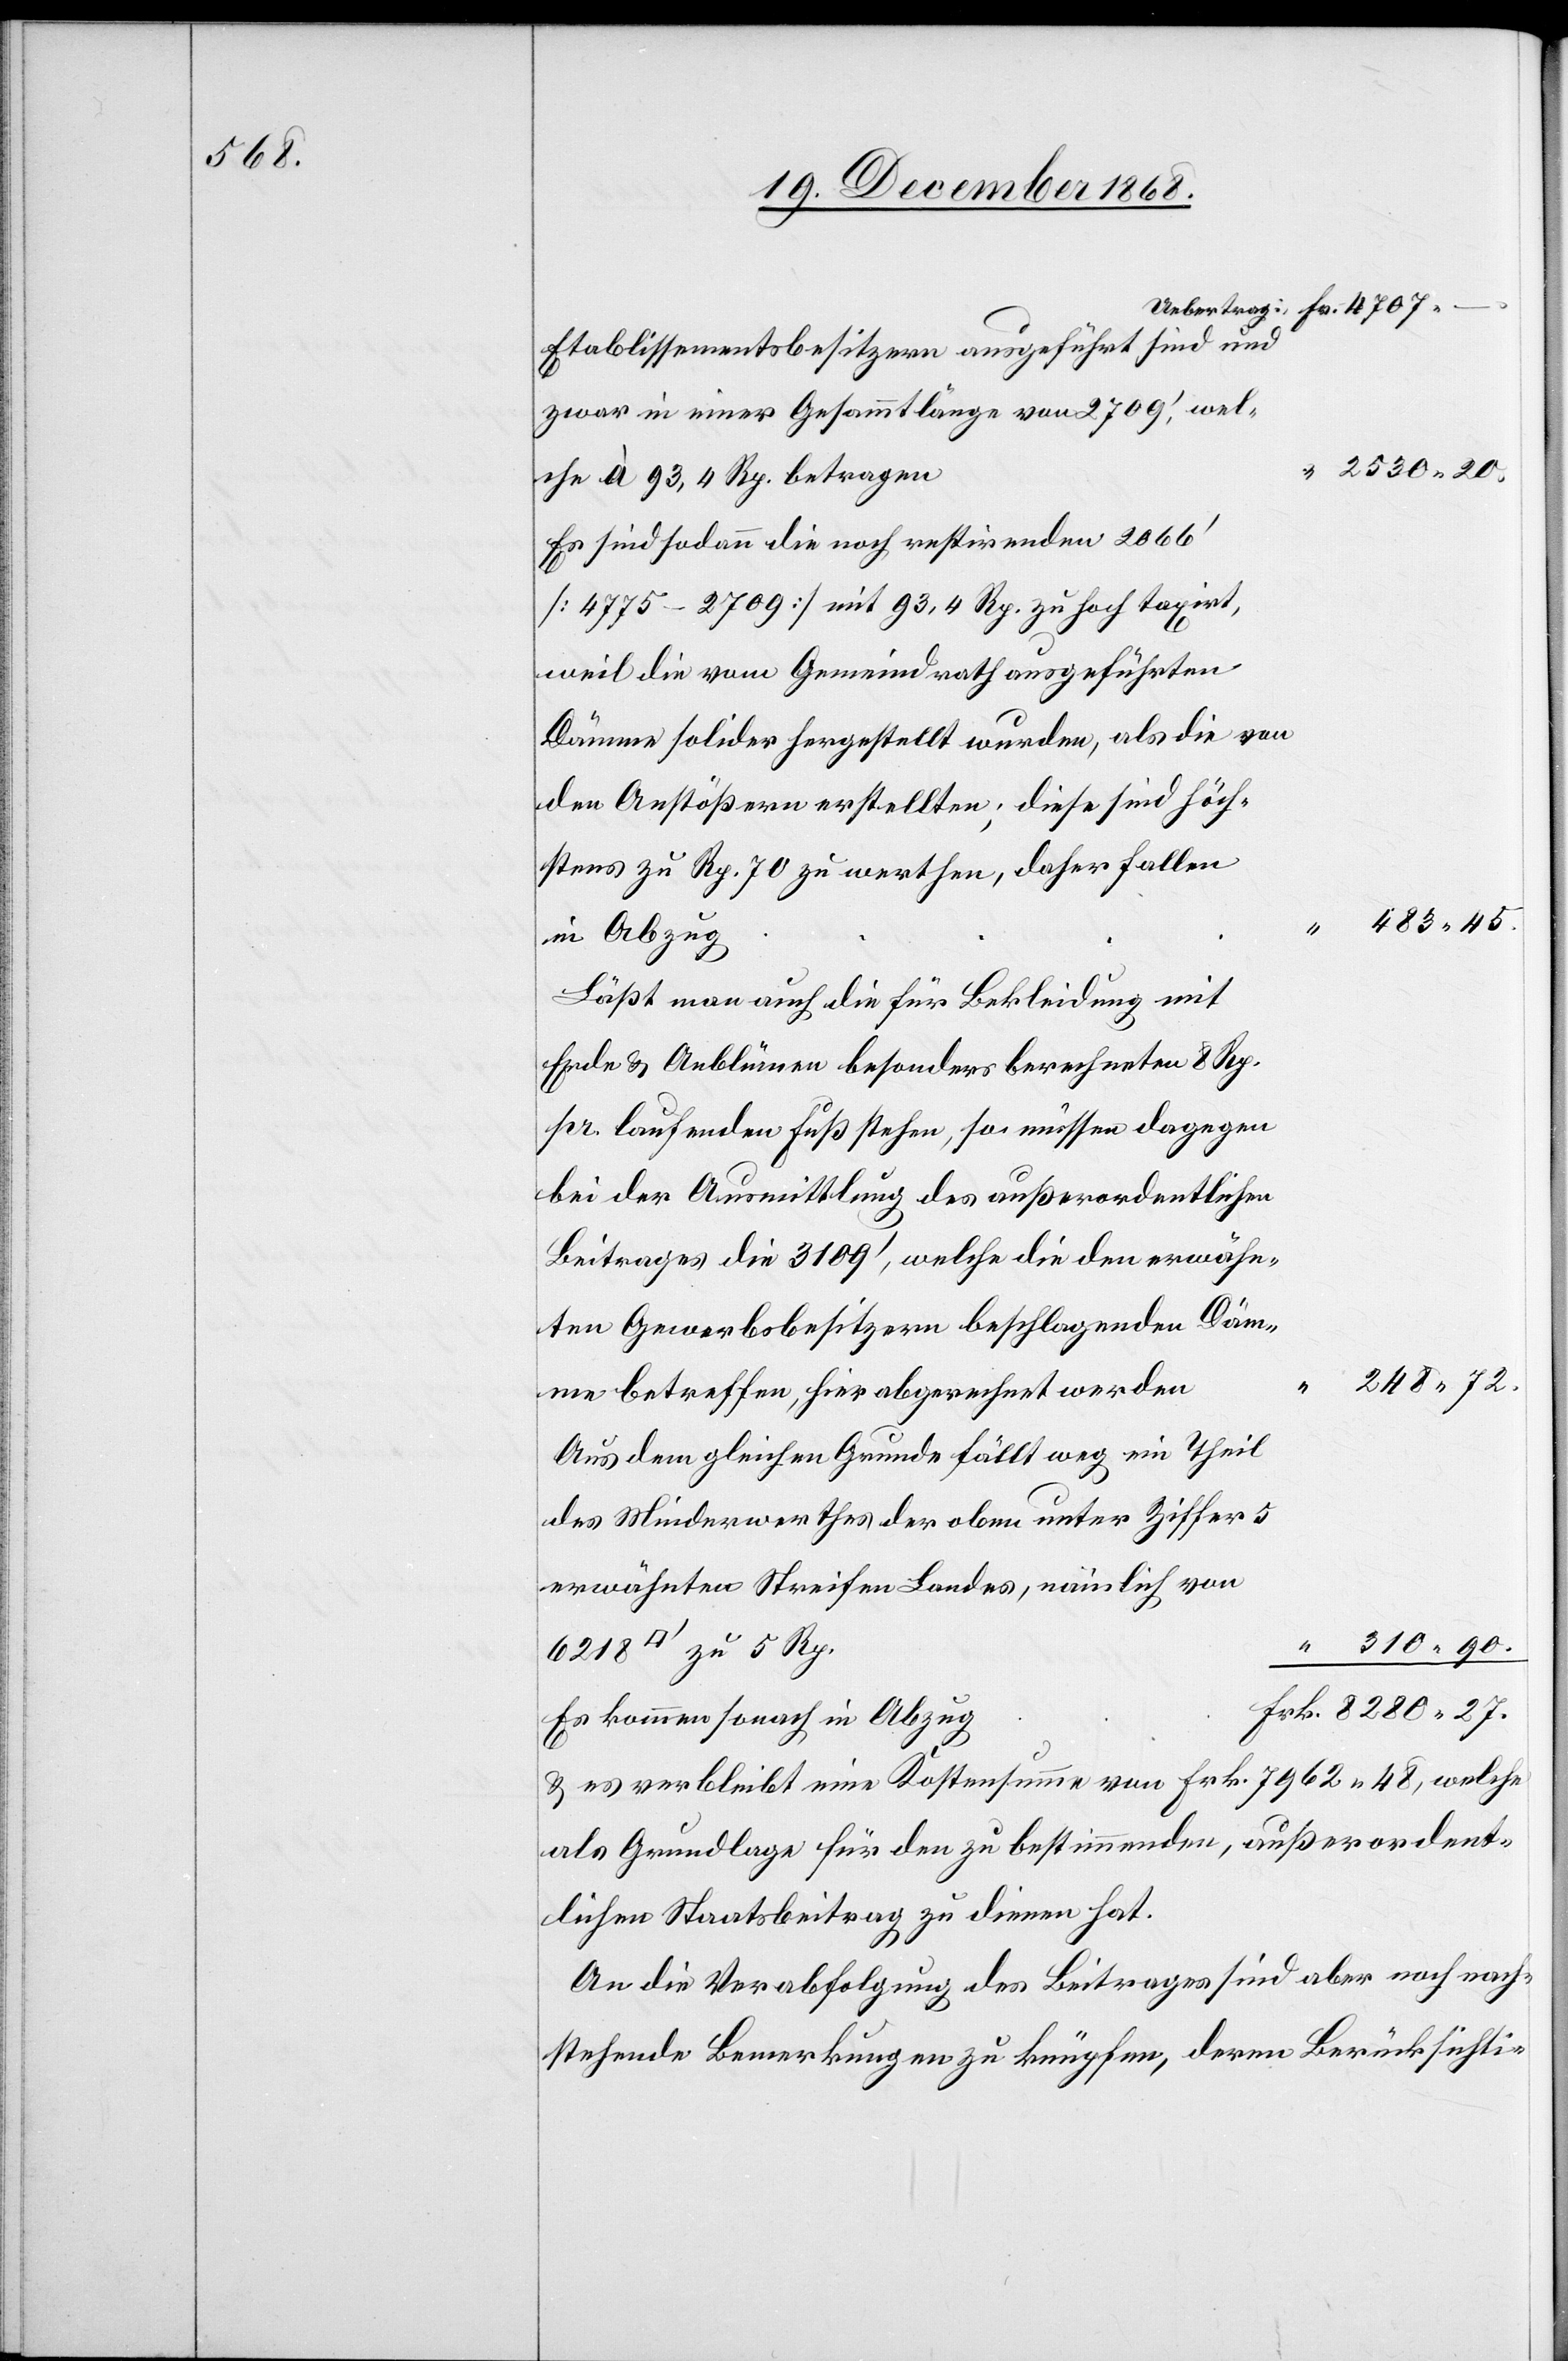
Fr. 4707.

Etablissementsbesitzern ausgeführt sind und
zwar in einer Gesammtlänge von 2709‘, wel¬
“ 2530.20.
che à 93,4 Rp. betragen
Es sind sodann die noch restirenden 2066‘
[4775–2709] mit 93,4 Rp. zu hoch taxirt,
weil die vom Gemeindrath ausgeführten
Dämme solider hergestellt wurden, als die von
den Anstößern erstellten; diese sind höch¬
stens zu Rp. 70 zu werthen, daher fallen
in Abzug
Läßt man auch die für Bekleidung mit
Erde & Anblümen besonders berechneten 8 Rp.
pr. laufenden Fuß stehen, so müssen dagegen
bei der Ausmittlung des außerordentlichen
Beitrages die 3109‘, welche die den erwähn¬
ten Gewerbsbesitzern beschlagenden Däm¬
248.72.
me betreffen, hier abgerechnet werden
Aus dem gleichen Grunde fällt weg ein Theil
des Minderwerthes der [recte: des] oben unter Ziffer 5
erwähnten Streifen Landes, nämlich von
“ 310.90.
Frk. 8280.27.
Es kommen sonach in Abzug
& es verbleibt eine Kostensumme von Frk. 7962.48, welche
als Grundlage für den zu bestimmenden, außerordent¬
lichen Staatsbeitrag zu dienen hat.
An die Verabfolgung des Beitrages sind aber noch nach¬
stehende Bemerkungen zu knüpfen, deren Berücksichti-